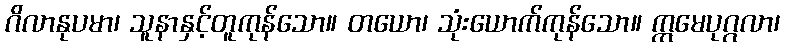
ဂိလာနုပမာ၊ သူနာနှင့်တူကုန်သော။ တယော၊ သုံးယောက်ကုန်သော။ ဣမေပုဂ္ဂလာ၊